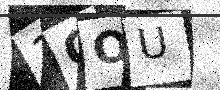
Text: 3GOU